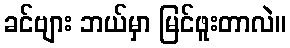
ခင်ဗျား ဘယ်မှာ မြင်ဖူးတာလဲ။